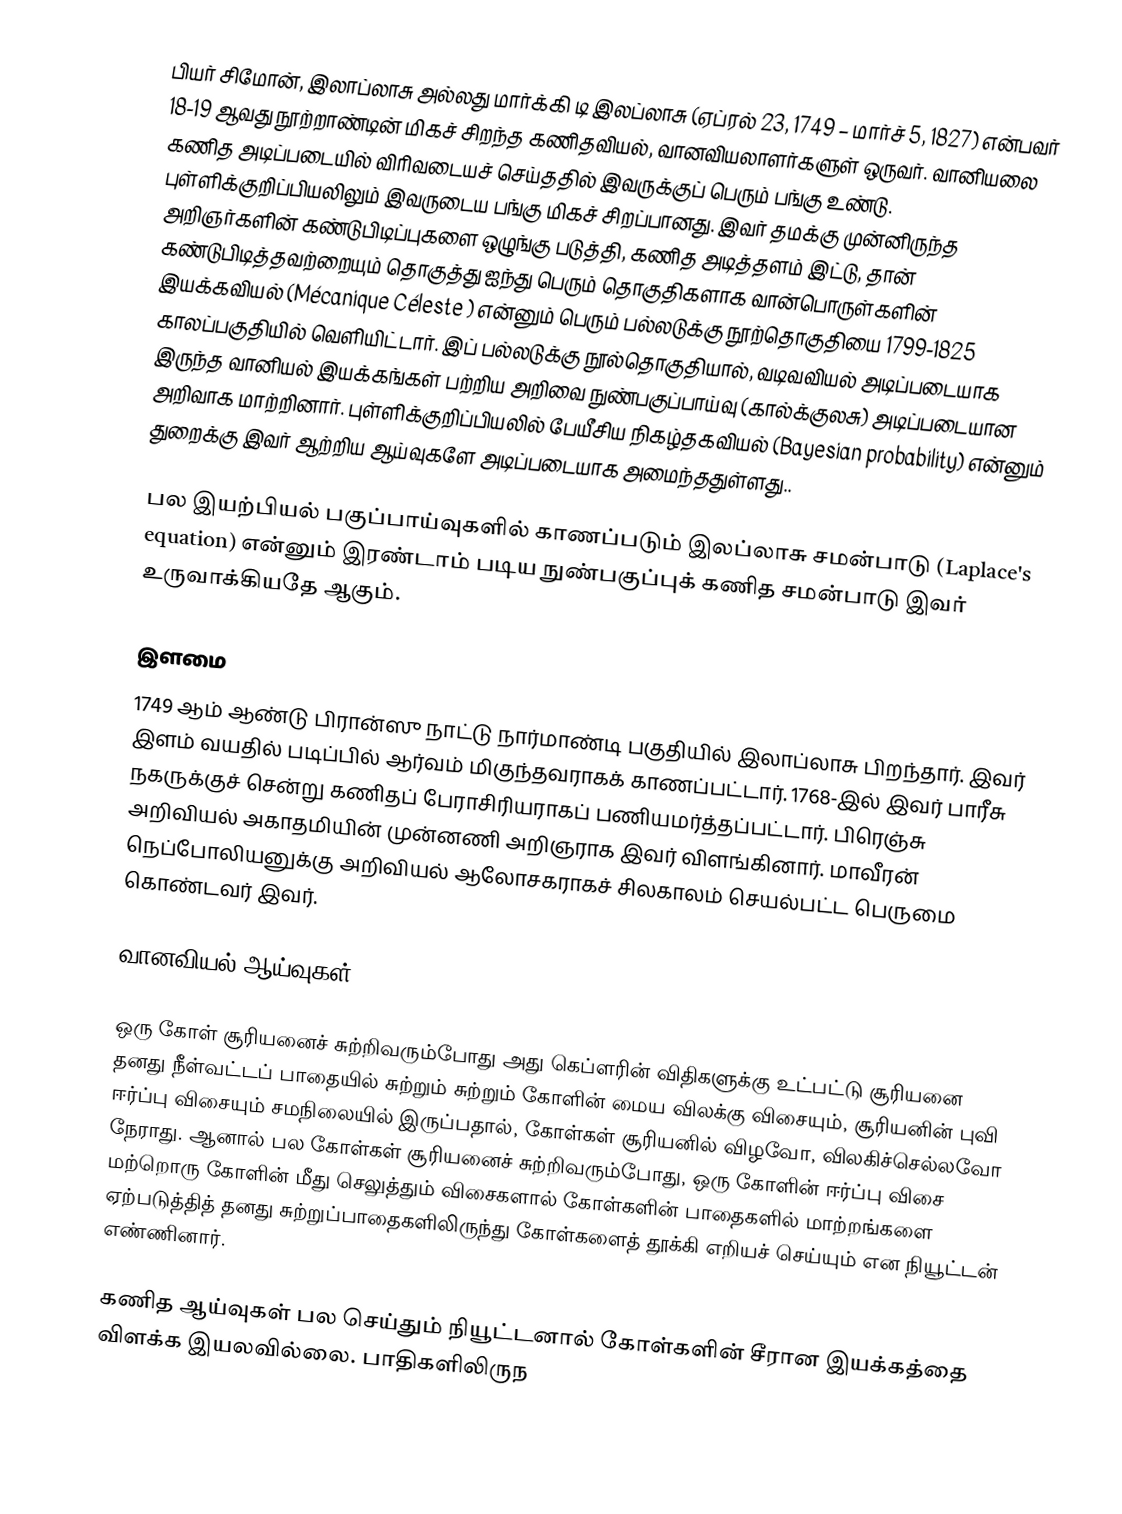
பியர் சிமோன், இலாப்லாசு அல்லது மார்க்கி டி இலப்லாசு (ஏப்ரல் 23, 1749 – மார்ச் 5, 1827) என்பவர் 18-19 ஆவது நூற்றாண்டின் மிகச் சிறந்த கணிதவியல், வானவியலாளர்களுள் ஒருவர். வானியலை கணித அடிப்படையில் விரிவடையச் செய்ததில் இவருக்குப் பெரும் பங்கு உண்டு. புள்ளிக்குறிப்பியலிலும் இவருடைய பங்கு மிகச் சிறப்பானது. இவர் தமக்கு முன்னிருந்த அறிஞர்களின் கண்டுபிடிப்புகளை ஒழுங்கு படுத்தி, கணித அடித்தளம் இட்டு, தான் கண்டுபிடித்தவற்றையும் தொகுத்து ஐந்து பெரும் தொகுதிகளாக வான்பொருள்களின் இயக்கவியல் (Mécanique Céleste ) என்னும் பெரும் பல்லடுக்கு நூற்தொகுதியை 1799-1825 காலப்பகுதியில் வெளியிட்டார். இப் பல்லடுக்கு நூல்தொகுதியால், வடிவவியல் அடிப்படையாக இருந்த வானியல் இயக்கங்கள் பற்றிய அறிவை நுண்பகுப்பாய்வு (கால்க்குலசு) அடிப்படையான அறிவாக மாற்றினார். புள்ளிக்குறிப்பியலில் பேயீசிய நிகழ்தகவியல் (Bayesian probability) என்னும் துறைக்கு இவர் ஆற்றிய ஆய்வுகளே அடிப்படையாக அமைந்ததுள்ளது..

பல இயற்பியல் பகுப்பாய்வுகளில் காணப்படும் இலப்லாசு சமன்பாடு (Laplace's equation) என்னும் இரண்டாம் படிய நுண்பகுப்புக் கணித சமன்பாடு இவர் உருவாக்கியதே ஆகும்.

இளமை
1749 ஆம் ஆண்டு பிரான்ஸு நாட்டு நார்மாண்டி பகுதியில் இலாப்லாசு பிறந்தார். இவர் இளம் வயதில் படிப்பில் ஆர்வம் மிகுந்தவராகக் காணப்பட்டார். 1768-இல் இவர் பாரீசு நகருக்குச் சென்று கணிதப் பேராசிரியராகப் பணியமர்த்தப்பட்டார். பிரெஞ்சு அறிவியல் அகாதமியின் முன்னணி அறிஞராக இவர் விளங்கினார். மாவீரன் நெப்போலியனுக்கு அறிவியல் ஆலோசகராகச் சிலகாலம் செயல்பட்ட பெருமை கொண்டவர் இவர்.

வானவியல் ஆய்வுகள்

ஒரு கோள் சூரியனைச் சுற்றிவரும்போது அது கெப்ளரின் விதிகளுக்கு உட்பட்டு சூரியனை தனது நீள்வட்டப் பாதையில் சுற்றும் சுற்றும் கோளின் மைய விலக்கு விசையும், சூரியனின் புவி ஈர்ப்பு விசையும் சமநிலையில் இருப்பதால், கோள்கள் சூரியனில் விழவோ, விலகிச்செல்லவோ நேராது. ஆனால் பல கோள்கள் சூரியனைச் சுற்றிவரும்போது, ஒரு கோளின் ஈர்ப்பு விசை மற்றொரு கோளின் மீது செலுத்தும் விசைகளால் கோள்களின் பாதைகளில் மாற்றங்களை ஏற்படுத்தித் தனது சுற்றுப்பாதைகளிலிருந்து கோள்களைத் தூக்கி எறியச் செய்யும் என நியூட்டன் எண்ணினார்.

கணித ஆய்வுகள் பல செய்தும் நியூட்டனால் கோள்களின் சீரான இயக்கத்தை விளக்க இயலவில்லை. பாதிகளிலிருந